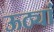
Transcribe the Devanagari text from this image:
ऊठ्यां